Lunatic asylums Burma 1907-21 - 1907-1921
Year: 1907
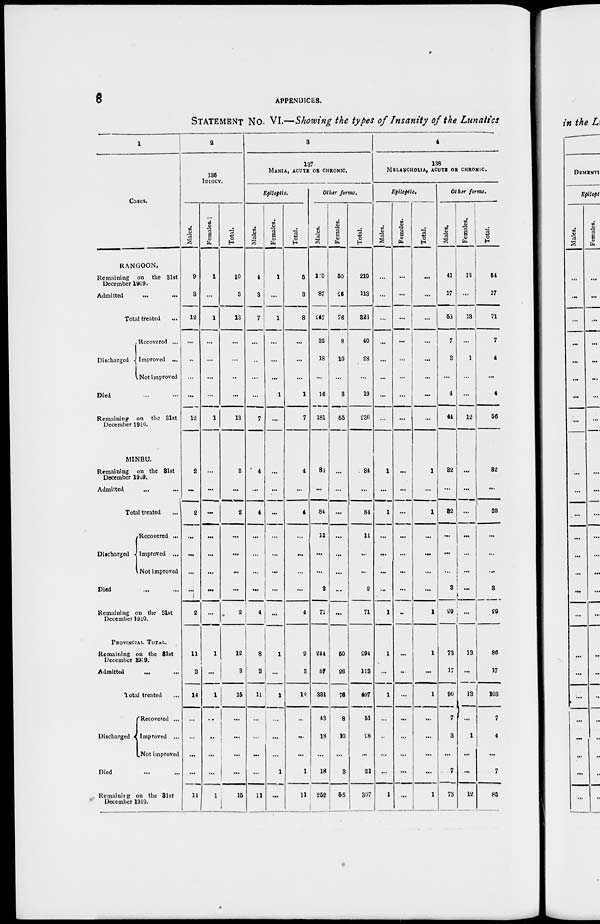
8
APPENDICES.
STATEMENT No. VI.—Showing the types of Insanity of the Lunatics
1
Cases.
RANGOON.
Remaining on the 31st
December 1909.
Admitted
... ...
Total treated ...
Discharged
Recovered ...
Improved ...
Not Improved
Died ... ...
Remaining on the 31st
December 1910.
MINBU.
Remaining on the 31st
December 1909.
Admitted ... ...
Total treated ...
Discharged
Recovered ...
Improved ...
Not improved
Died ... ...
Remaining on the 31st
December 1910.
PROVINCIAL TOTAL.
Remaining on the 31st
December 1909.
Admitted ... ...
Total treated ...
Discharged
Recovered ...
Improved ...
Not improved
Died ... ...
Remaining
on the 31st
December 1910.
2
136
IDIOCY.
Males.
9
3
12
...
...
...
...
12
2
...
2
...
...
...
...
2
11
3
14
...
...
...
...
14
Females.
1
...
1
...
...
...
...
1
...
...
...
...
...
...
...
...
1
...
1
...
...
...
...
1
Total.
10
3
13
...
...
...
...
13
2
...
2
...
...
...
...
2
12
3
15
...
...
...
...
15
3
137
MANIA, ACUTE OR CHRONIC.
Epileptic.
Males.
4
3
7
...
...
...
...
7
4
...
4
...
...
...
...
4
8
3
11
...
...
...
...
11
Females.
1
...
1
...
...
...
1
...
...
...
...
...
...
...
...
...
1
...
1
...
...
...
1
...
Total.
5
3
8
...
...
...
1
7
4
...
4
...
...
...
...
4
9
3
12
...
...
...
1
11
Other forms.
Males.
160
87
247
32
18
...
16
181
84
...
84
11
...
...
2
71
244
87
331
43
18
...
18
252
Females.
50
26
76
8
10
...
3
55
...
...
...
...
...
...
...
...
60
26
76
8
10
...
3
55
Total.
210
113
823
40
28
...
19
236
84
...
84
11
...
...
2
71
294
113
407
51
28
...
21
307
4
138
MELANCHOLIA, ACUTE OR CHRONIC.
Epileptic.
Males.
...
...
...
...
...
...
...
...
1
...
1
...
...
...
...
1
1
...
1
...
...
...
...
1
Females.
...
...
...
...
...
...
...
...
...
...
...
...
...
...
...
...
...
...
...
...
...
...
...
...
Total.
...
...
...
...
...
...
...
...
1
...
1
...
...
...
...
1
1
...
1
...
...
...
...
1
Other forms.
Males.
41
17
53
7
3
...
4
44
82
...
32
...
...
...
3
29
73
17
90
7
3
...
7
73
Females.
13
...
18
...
1
...
...
12
...
...
...
...
...
...
...
...
13
...
13
...
1
...
...
12
Total.
54
17
71
7
4
...
4
56
82
...
32
...
...
...
3
29
86
17
103
7
4
...
7
85